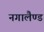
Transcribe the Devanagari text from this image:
नगालैण्ड